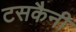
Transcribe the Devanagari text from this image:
टसकैनी